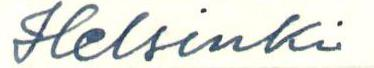
Helsinki